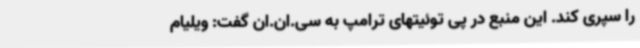
را سپری کند. این منبع در پی توئیتهای ترامپ به سی.ان.ان گفت: ویلیام